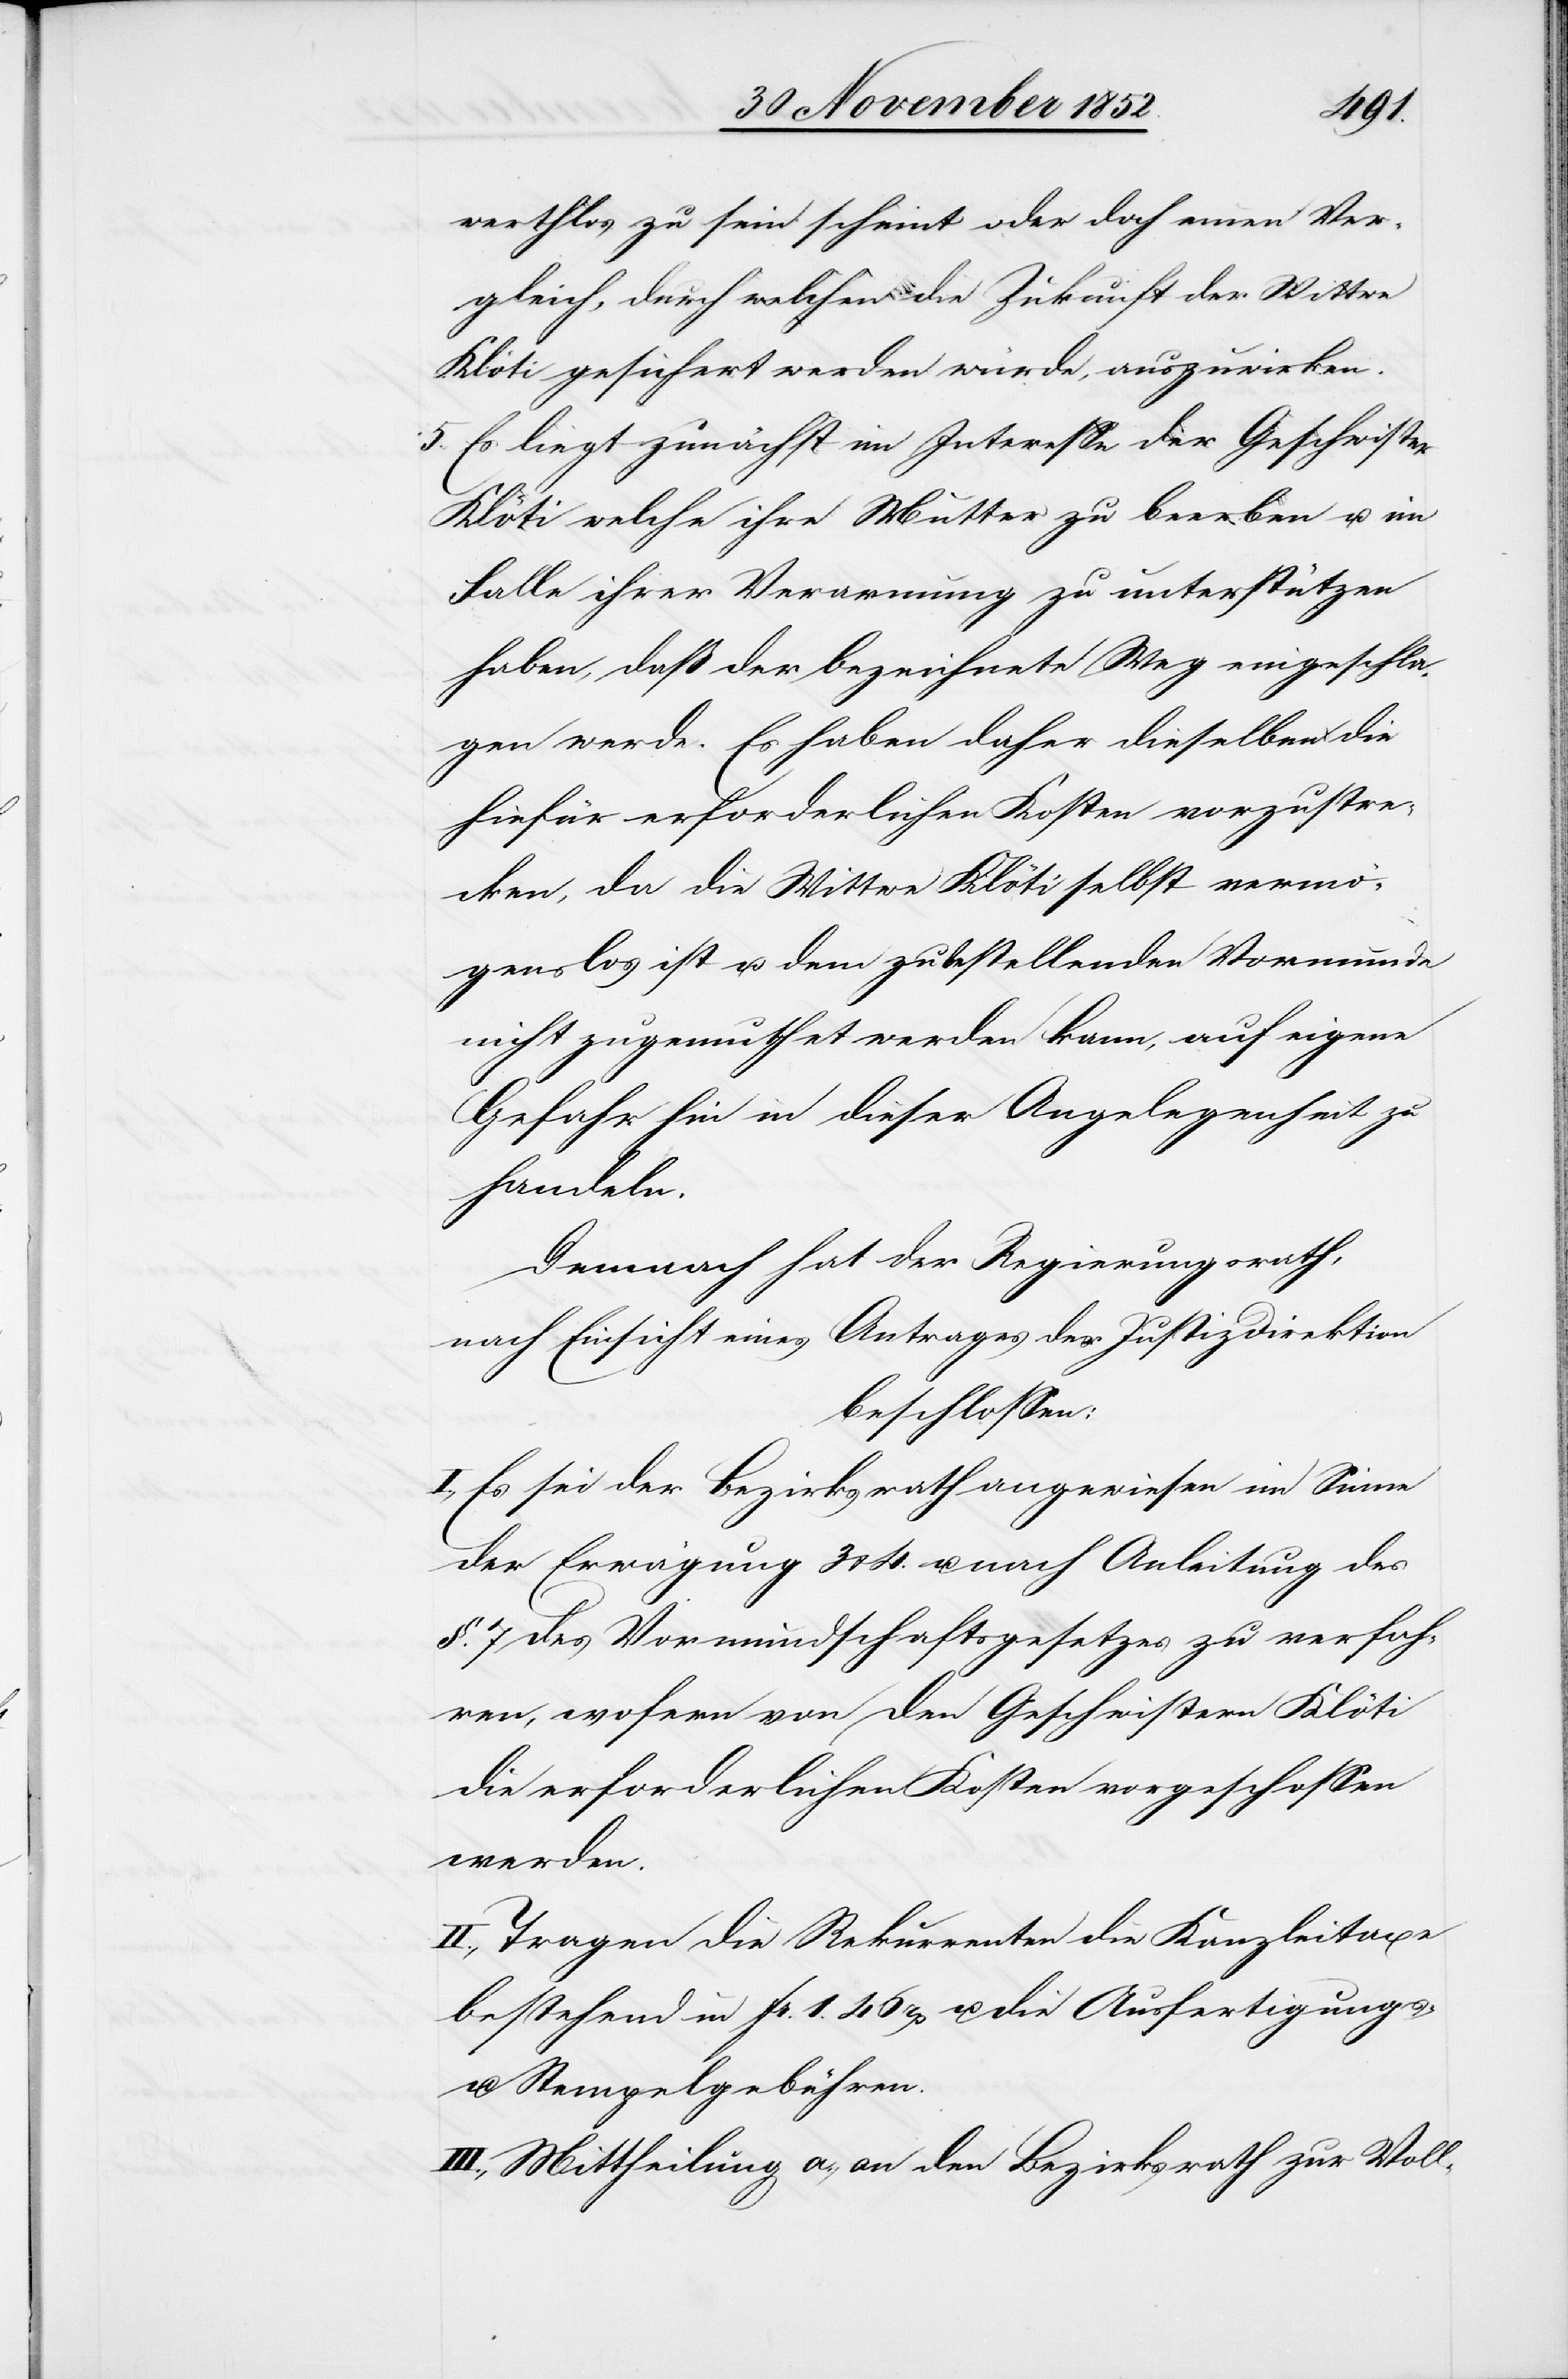
werthlos zu sein scheint oder doch einen Ver¬
gleich, durch welchen die Zukunft der Wittwe
Klöti gesichert werden würde, auszuwirken.
5. Es liegt zunächst im Interesse der Geschwister
Klöti welche ihre Mutter zu beerben u. im
Falle ihrer Verarmung zu unterstützen
haben, daß der bezeichnete Weg eingeschla¬
gen werde. Es haben daher dieselben die
hiefür erforderlichen Kosten vorzustre¬
cken, da die Wittwe Klöti selbst vermö¬
genslos ist u. dem zu bestellenden Vormunde
nicht zugemuthet werden kann, auf eigene
Gefahr hin in dieser Angelegenheit zu
handeln.
Demnach hat der Regierungsrath,
nach Einsicht eines Antrages der Justizdirektion
beschlossen:
I., Es sei der Bezirksrath angewiesen im Sinne
der Erwägung 3 & 4. u. nach Anleitung des
§. 7 des Vormundschaftsgesetzes zu verfah¬
ren, wofern von den Geschwistern Klöti
die erforderlichen Kosten vorgeschossen
werden.
II., Tragen die Rekurrenten die Kanzleitaxe
bestehend in Fr. 1. 46 rp u. die Ausfertigungs-
u. Stempelgebühren.
III., Mittheilung a., an den Bezirksrath zur Voll-